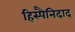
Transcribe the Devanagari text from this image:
हिस्पैनिदाद